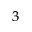
_ 3